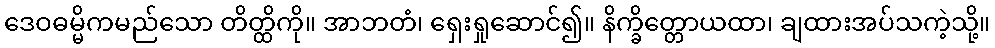
ဒေဝဓမ္မိကမည်သော တိတ္ထိကို။ အာဘတံ၊ ရှေးရှုဆောင်၍။ နိက္ခိတ္တောယထာ၊ ချထားအပ်သကဲ့သို့။